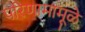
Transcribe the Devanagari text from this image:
परिणामामूळे